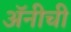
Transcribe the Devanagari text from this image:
अॅनीची